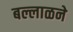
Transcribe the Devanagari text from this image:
बल्लाळने